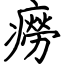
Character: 癆